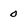
Character: 0